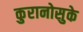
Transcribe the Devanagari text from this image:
कुरानोसुके